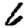
Digit: 6